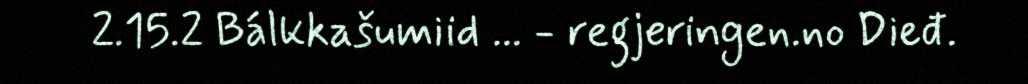
2.15.2 Bálkkašumiid ... - regjeringen.no Dieđ.